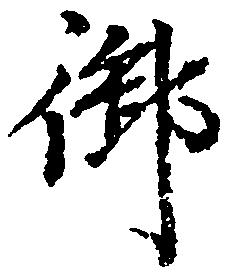
御